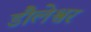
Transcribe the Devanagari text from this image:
डौलेश्वर